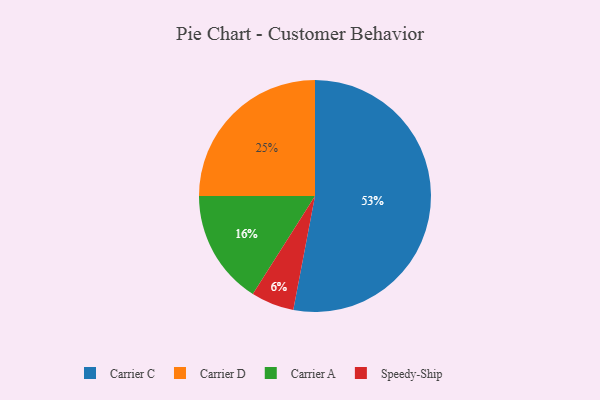
{"axis": {"x": "Category", "y": "Percentage"}, "legend": ["Carrier A", "Carrier C", "Carrier D", "Speedy-Ship"], "data": [{"x": "Speedy-Ship", "y": 6, "type": "Speedy-Ship"}, {"x": "Carrier D", "y": 25, "type": "Carrier D"}, {"x": "Carrier A", "y": 16, "type": "Carrier A"}, {"x": "Carrier C", "y": 53, "type": "Carrier C"}]}